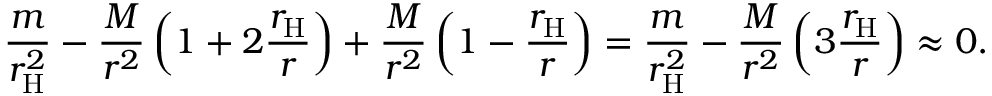
{ \frac { m } { r _ { \mathrm { H } } ^ { 2 } } } - { \frac { M } { r ^ { 2 } } } \left( 1 + 2 { \frac { r _ { \mathrm { H } } } { r } } \right) + { \frac { M } { r ^ { 2 } } } \left( 1 - { \frac { r _ { \mathrm { H } } } { r } } \right) = { \frac { m } { r _ { \mathrm { H } } ^ { 2 } } } - { \frac { M } { r ^ { 2 } } } \left( 3 { \frac { r _ { \mathrm { H } } } { r } } \right) \approx 0 .